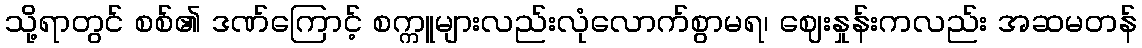
သို့ရာတွင် စစ်၏ ဒဏ်ကြောင့် စက္ကူများလည်းလုံလောက်စွာမရ၊ ဈေးနှုန်းကလည်း အဆမတန်